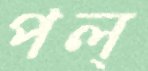
পল্